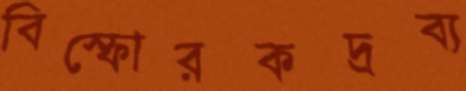
বিস্ফোরকদ্রব্য